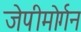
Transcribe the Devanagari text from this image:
जेपीमोर्गन